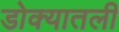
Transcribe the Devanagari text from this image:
डोक्यातली